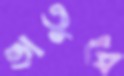
ভাতুরে